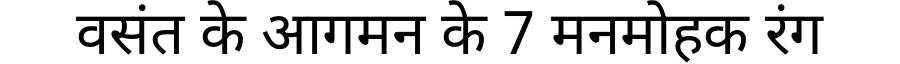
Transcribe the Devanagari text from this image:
वसंत के आगमन के 7 मनमोहक रंग